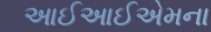
આઈઆઈએમના